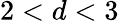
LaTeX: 2<d<3